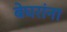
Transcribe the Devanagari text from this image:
बेघरांना